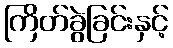
ကြိတ်ခွဲခြင်းနှင့်